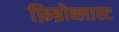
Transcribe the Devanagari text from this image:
फ़िब्रोब्लास्ट